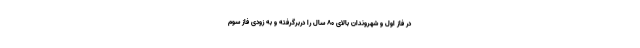
در فاز اول و شهروندان بالای 80 سال را در‌برگرفته و به زودی فاز سوم